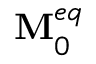
\mathbf { M } _ { 0 } ^ { e q }